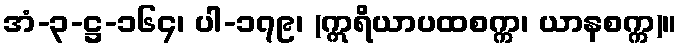
အံ-၃-ဋ္ဌ-၁၆၄၊ ပါ-၁၇၉၊ (ဣရိယာပထစက္က၊ ယာနစက္က)။